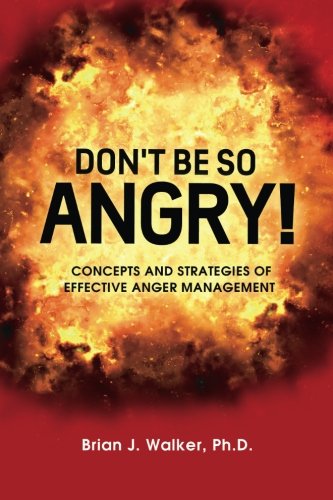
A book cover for Don't Be So Angry!: Concepts and Strategies of Effective Anger Management; Ph.D., Brian J. Walker; Self-Help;